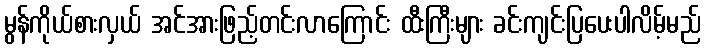
မွန်ကိုယ်စားလှယ် အင်အားဖြည့်တင်းလာကြောင်း ထီးကြီးများ ခင်းကျင်းပြပေးပါလိမ့်မည်